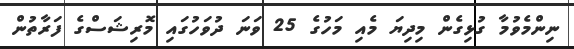
ނިންމެވުމާ ގުޅިގެން މިދިޔަ މެއި މަހުގެ 25 ވަނަ ދުވަހުގައި މޮރިޝަސްގެ ފަރާތުން